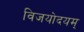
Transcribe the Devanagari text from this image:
विजयोदयम्